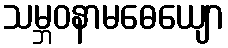
သမ္ဘဝနာမဓေယျော